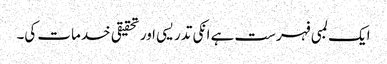
ایک لمبی فہرست ہے انکی تدریسی اور تحقیقی خدمات کی۔